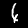
Digit: 4